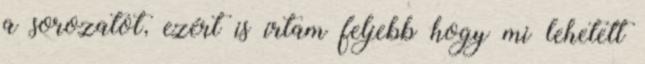
a sorozatot, ezért is írtam feljebb hogy mi lehetett